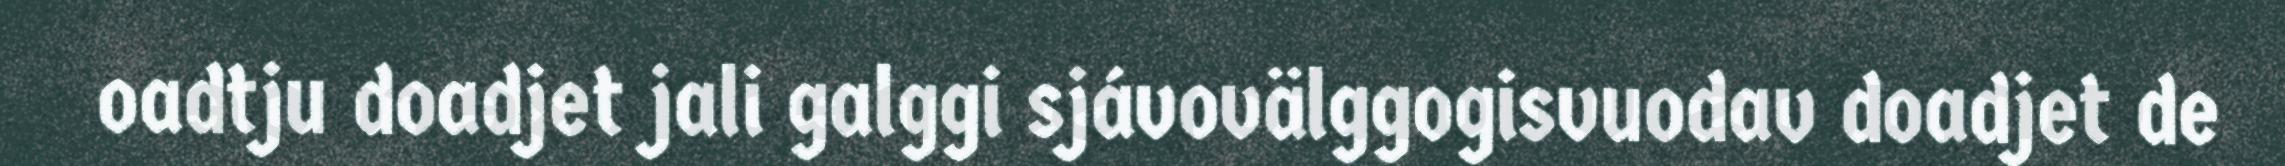
oadtju doadjet jali galggi sjávovälggogisvuodav doadjet de